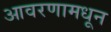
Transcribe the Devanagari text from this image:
आवरणामधून